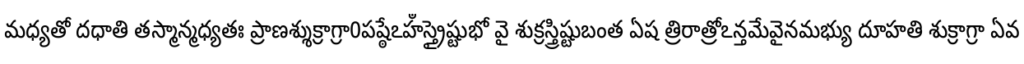
మధ్యతో దధాతి తస్మాన్మధ్యతః ప్రాణశ్శుక్రాగ్రా0పష్ఠేఽహఀస్త్రైష్టుభో వై శుక్రస్త్రిష్టుబంత ఏష త్రిరాత్రోఽన్తమేవైనమభ్యు దూహతి శుక్రాగ్రా ఏవ